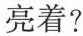
亮着?